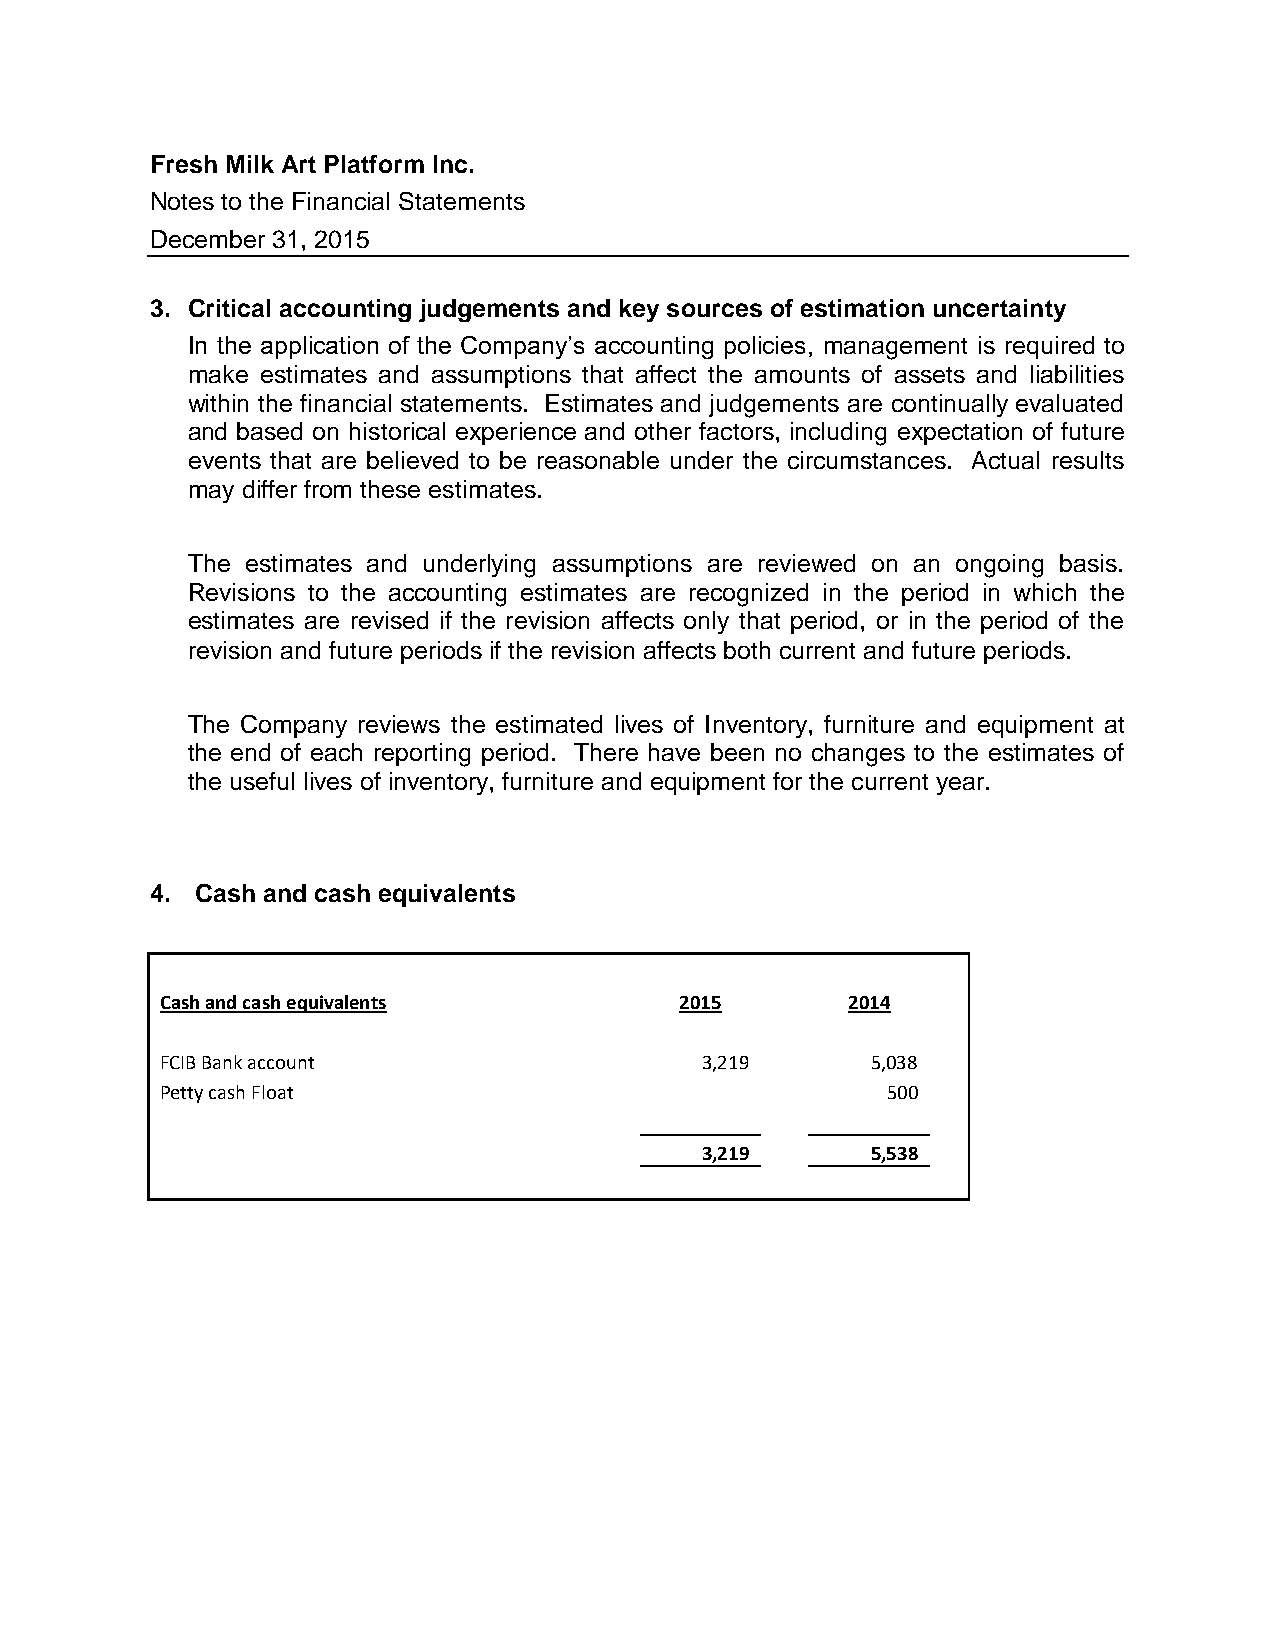
Fresh Milk Art Platform Inc.
 Notes to the Financial Statements
 December 31, 2015
 3. Critical accounting judgements and key sources of estimation uncertainty
 In the application of the Company’s accounting policies, management is required to
 make estimates and assumptions that affect the amounts of assets and liabilities
 within the financial statements. Estimates and judgements are continually evaluated
 and based on historical experience and other factors, including expectation of future
 events that are believed to be reasonable under the circumstances. Actual results
 may differ from these estimates.
 The estimates and underlying assumptions are reviewed on an ongoing basis.
 Revisions to the accounting estimates are recognized in the period in which the
 estimates are revised if the revision affects only that period, or in the period of the
 revision and future periods if the revision affects both current and future periods.
 The Company reviews the estimated lives of Inventory, furniture and equipment at
 the end of each reporting period. There have been no changes to the estimates of
 the useful lives of inventory, furniture and equipment for the current year.
 4. Cash and cash equivalents
 Cash and cash equivalents         2015       2014
 FCIB Bank account                   3,219      5,038
 Petty cash Float                                500
 3,219      5,538